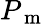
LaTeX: P_{\mathrm{~m~}}